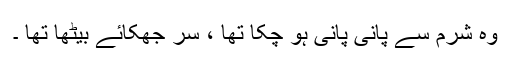
وہ شرم سے پانی پانی ہو چکا تھا ، سر جھکائے بیٹھا تھا ۔